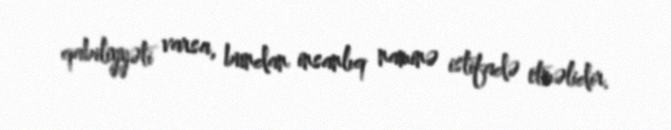
qabiliyyəti varsa, bundan insanlıq naminə istifadə etməlidir.